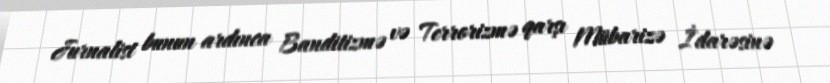
Jurnalist bunun ardınca Banditizmə və Terrorizmə qarşı Mübarizə İdarəsinə